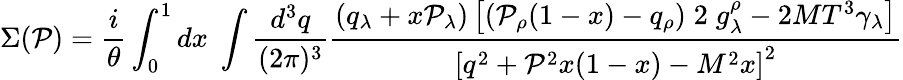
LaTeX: \Sigma(\mathcal{P})={\frac{{i}}{{\theta}}}\int_{0}^{1}dx\; \int{\frac{{d^{3}q}}{{(2\pi)^{3}}}}{\frac{{\left(q_{\lambda}+x\mathcal{P}_{\lambda}\right)\left[\left(\mathcal{P}_{\rho}(1-x)-q_{\rho}\right)\; 2\; g_{\lambda}^{\rho}-2MT^{3}\gamma_{\lambda}\right]}}{{\left[q^{2}+\mathcal{P}^{2}x(1-x)-M^{2}x\right]^{2}}}}